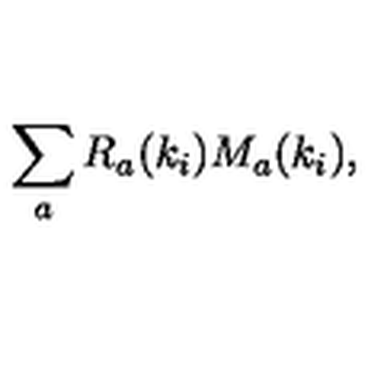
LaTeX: \sum _ { a } R _ { a } ( k _ { i } ) M _ { a } ( k _ { i } ) ,